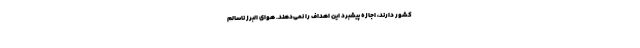
کشور دارند، اجازه پیشبرد این اهداف را نمی‌دهند. هوای البرز ناسالم